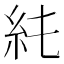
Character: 𥾑